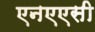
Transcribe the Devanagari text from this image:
एनएएसी